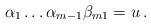
LaTeX: \begin{align*} \alpha_1 \dots \alpha_{m-1} \beta_{m1} = u \, . \end{align*}